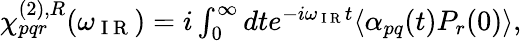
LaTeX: \begin{array}{r}{\chi_{pqr}^{(2),R}(\omega_{\mathrm{~I~R~}})=i\int_{0}^{\infty}dte^{-i\omega_{\mathrm{~I~R~}}t}\langle\alpha_{pq}(t)P_{r}(0)\rangle,}\end{array}